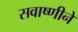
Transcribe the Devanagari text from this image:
सवाष्णीने